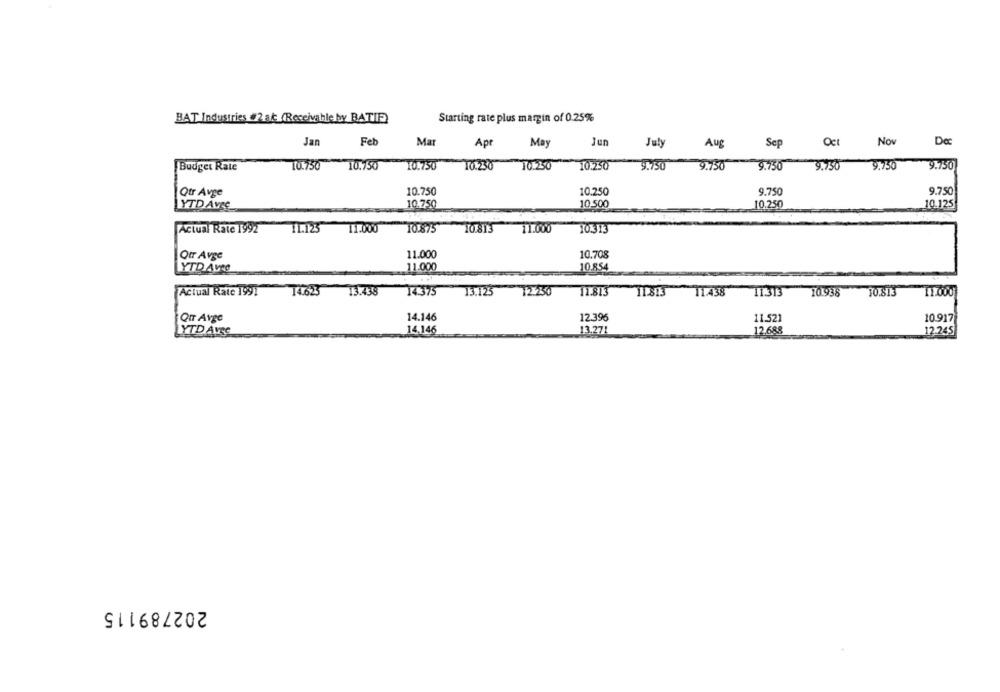
Starting rate plus margin of 0.25%
BAT Industries #2 ak (Receivable by BATIE)
Jan
Feb
Mar
Apt
May
Jun
July
Aug
Sep
Oct
Nov
Da
10.750
10.750
10.750
10.250
10.250
10.250
9.750
9.750
9.750
9.750
9.750
9.750
Budget Rate
Qtr Avge
10.750
10.250
9.750
9.750
YTD Avec
10.750
10.500
10.250
10.125
Actual Rate 1992
11.123
11.000
10813
11.000
10.875
10.313
Otr Avge
11.000
10.708
YTD AVRO
11.000
10.854
Actual Rate 1991
=
T4.623
13.438
14.375
13.125
12.230
11.813 11.813
11.813
11.438
11.313
10.938
30.813
11.000
QuT Avge
14.146
12.396
11.521
10.917
YTD AvRe
14.146
13.27
12.688
12.245
202789115